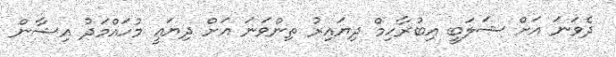
ދެވަނަ އަށް ޝަލަބީ އިބުރާހިމް ދިޔައިރު ތިންވަނަ އަށް ދިޔައީ މުހައްމަދު އިޝާން